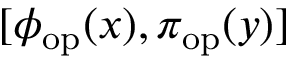
[ \phi _ { \mathrm { o p } } ( x ) , \pi _ { \mathrm { o p } } ( y ) ]